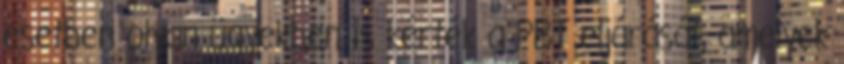
esetben olyan ügyekben is kérték a PBT eljárását, amelyek